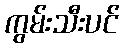
ကွမ်းသီးပင်